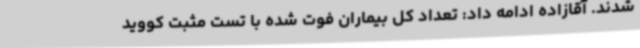
شدند. آقازاده ادامه داد: تعداد کل بیماران فوت شده با تست مثبت کووید